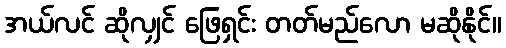
အယ်လင် ဆိုလျှင် ဖြေရှင်း တတ်မည်လော မဆိုနိုင်။